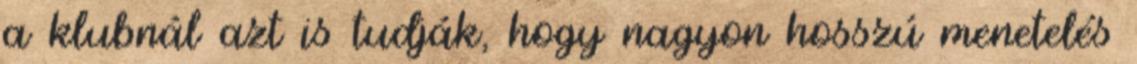
a klubnál azt is tudják, hogy nagyon hosszú menetelés